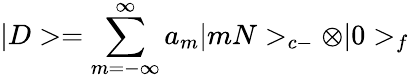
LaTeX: |D>=\sum_{m=-\infty}^{\infty}a_{m}|mN>_{c-}\otimes|0>_{f}